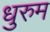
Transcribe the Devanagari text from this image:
धुरुम